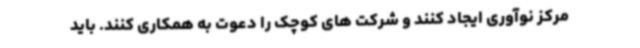
مرکز نوآوری ایجاد کنند و شرکت های کوچک را دعوت به همکاری کنند. باید